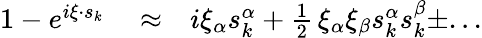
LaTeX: \begin{array}{rlr}{1-e^{i\xi\cdot s_{k}}}&{{}\approx}&{i\xi_{\alpha}s_{k}^{\alpha}+\frac{1}{2}\, \xi_{\alpha}\xi_{\beta}s_{k}^{\alpha}s_{k}^{\beta}\pm...}\end{array}